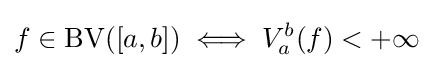
f\in \operatorname {BV} ([a,b])\iff V_{a}^{b}(f)<+\infty